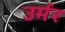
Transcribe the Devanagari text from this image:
उर्मर